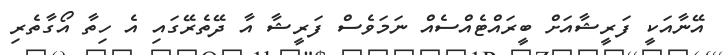
އޭނާއަކީ ފަރީޝާއަށް ބީރައްޓެއްސެއް ނަމަވެސް ފަރީޝާ އާ ދޭތެރޭގައި އެ ހިތާ އޯގާތެރި